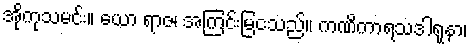
အိုကုသမင်း။ ယော ရာဇ၊ အကြင်းမြငသည်။ ကဏိကာရသဒါရုနာ၊